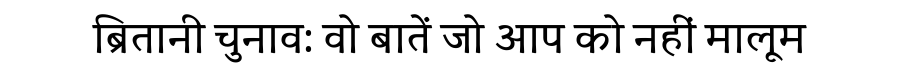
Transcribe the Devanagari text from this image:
ब्रितानी चुनाव: वो बातें जो आप को नहीं मालूम